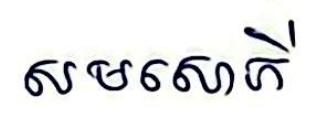
សមសោភី